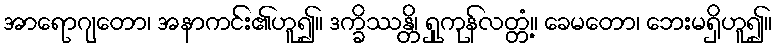
အာရောဂျတော၊ အနာကင်း၏ဟူ၍။ ဒက္ခိဿန္တိ၊ ရှုကုန်လတ္တံ့။ ခေမတော၊ ဘေးမရှိဟူ၍။